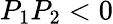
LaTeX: P_{1}P_{2}<0